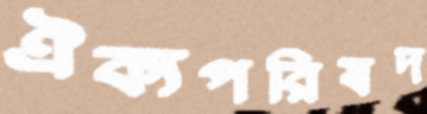
ঐক্যপরিষদ